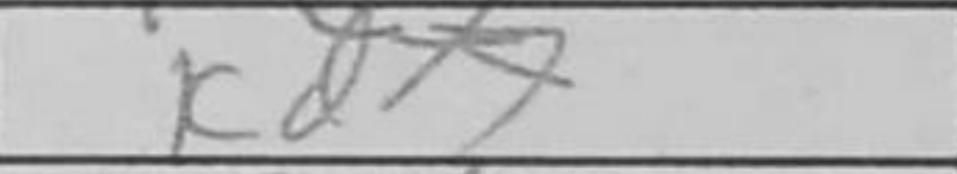
Transcription: Kd7